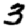
Digit: 3